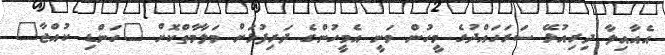
އެއާއިލާ ދިރިއުޅޭ ސަރަހައްދުގެ މީހުން ވަނީ އެމީހުންގެ ދަރިފުޅަށް މަލާމާތްކޮށް "ހަންޑި ކުއްޖާ"